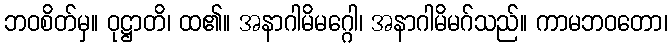
ဘဝစိတ်မှ။ ဝုဋ္ဌာတိ၊ ထ၏။ အနာဂါမိမဂ္ဂေါ၊ အနာဂါမိမဂ်သည်။ ကာမဘဝတော၊